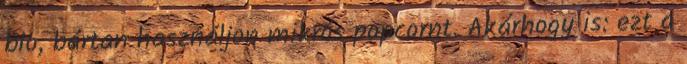
bio, bártan használjon mikrós popcornt. Akárhogy is: ezt a